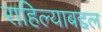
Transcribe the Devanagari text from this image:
राहिल्याबद्दल